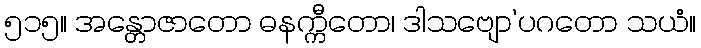
၅၁၅။ အန္တောဇာတော ဓနက္ကီတော၊ ဒါသဗျော’ပဂတော သယံ။